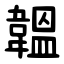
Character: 韞